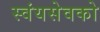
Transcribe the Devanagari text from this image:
स्वंयसेवको